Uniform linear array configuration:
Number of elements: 48
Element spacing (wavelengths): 1
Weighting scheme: exponential
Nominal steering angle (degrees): -45
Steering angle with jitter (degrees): -46.997
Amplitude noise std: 0.05
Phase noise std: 0.05

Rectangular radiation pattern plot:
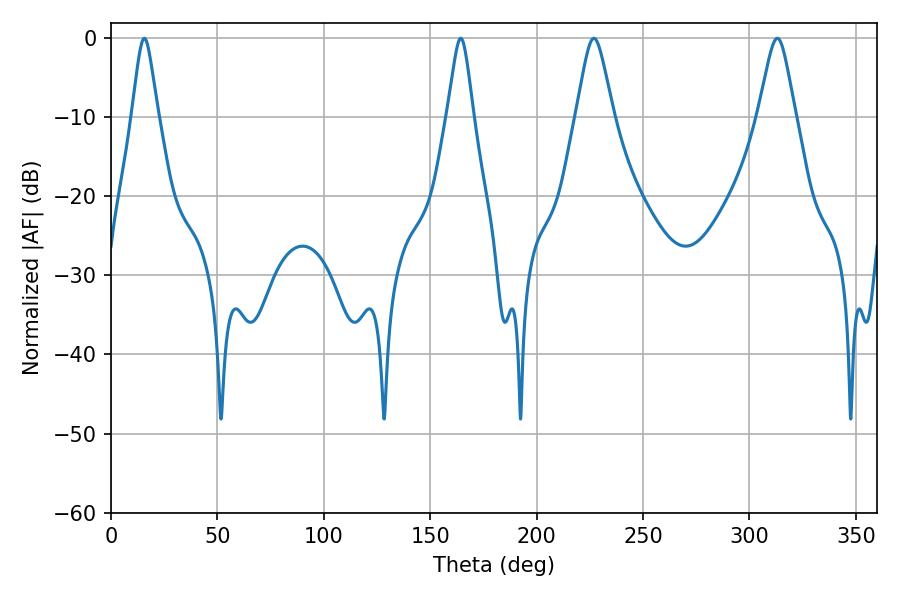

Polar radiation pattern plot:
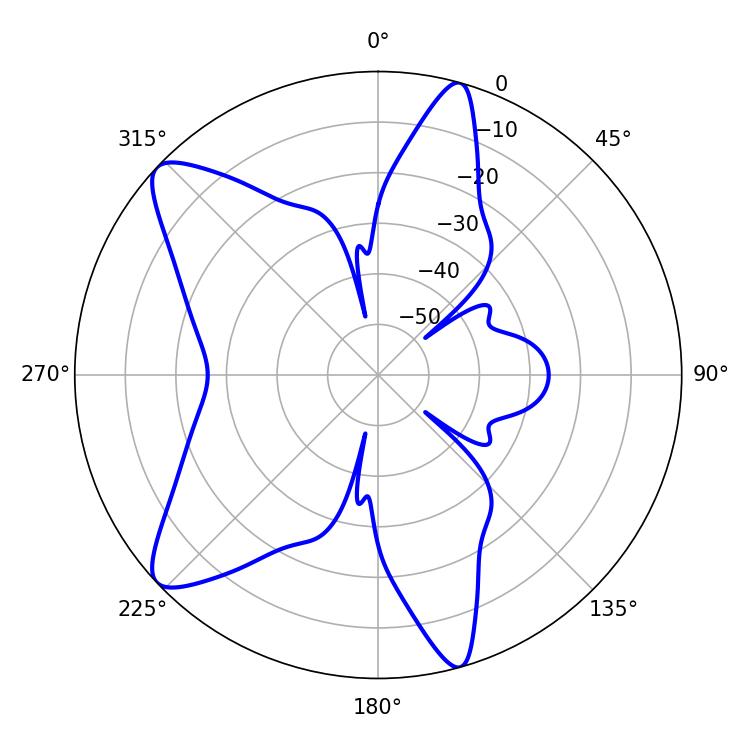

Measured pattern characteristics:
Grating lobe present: TRUE
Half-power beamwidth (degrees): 5.94
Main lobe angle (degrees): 15.66